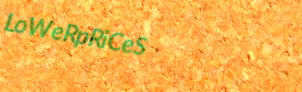
LoWeRpRiCeS